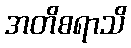
အတိစရာသိ